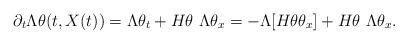
LaTeX: \begin{align*}\partial_t \Lambda \theta(t,X(t)) &= \Lambda \theta_t + H\theta \ \Lambda \theta_x = -\Lambda [H\theta \theta_x] + H\theta \ \Lambda \theta_x.\end{align*}